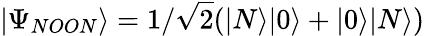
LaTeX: |\Psi_{NOON}\rangle=1/\sqrt{2}(|N\rangle|0\rangle+|0\rangle|N\rangle)